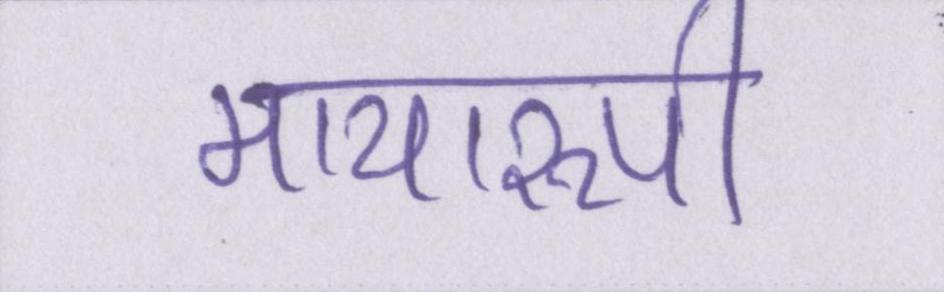
मायारुपी